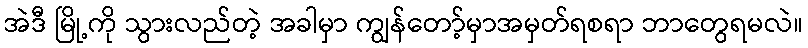
အဲဒီ မြို့ကို သွားလည်တဲ့ အခါမှာ ကျွန်တော့်မှာအမှတ်ရစရာ ဘာတွေရမလဲ။